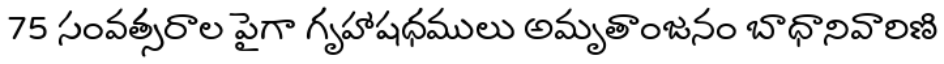
75 సంవత్సరాల పైగా గృహాషధములు అమృతాంజనం బాధానివారిణి